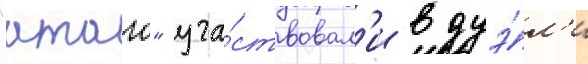
"атаго" уча́ствовал'и в дуэ́л'и